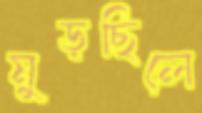
মুড়ছিলে